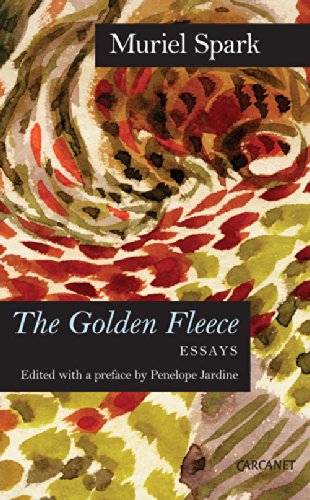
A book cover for The Golden Fleece; Muriel Spark; Gay & Lesbian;